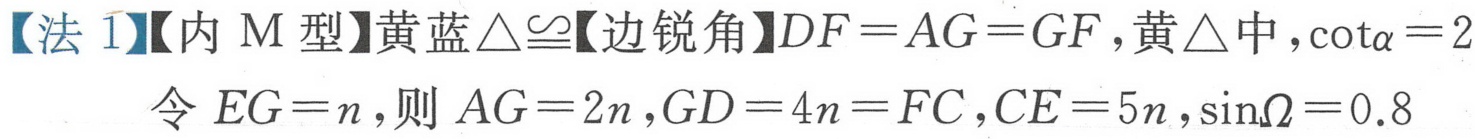
【法1】【内M型】黄蓝\(\triangle\cong\)【边锐角】\(DF = AG = GF\)，黄\(\triangle\)中，\(\cot\alpha = 2\)
令\(EG = n\)，则\(AG = 2n\)，\(GD = 4n = FC\)，\(CE = 5n\)，\(\sin\Omega = 0.8\)